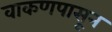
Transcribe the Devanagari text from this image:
वाकणपासून